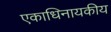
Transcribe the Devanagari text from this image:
एकाधिनायकीय